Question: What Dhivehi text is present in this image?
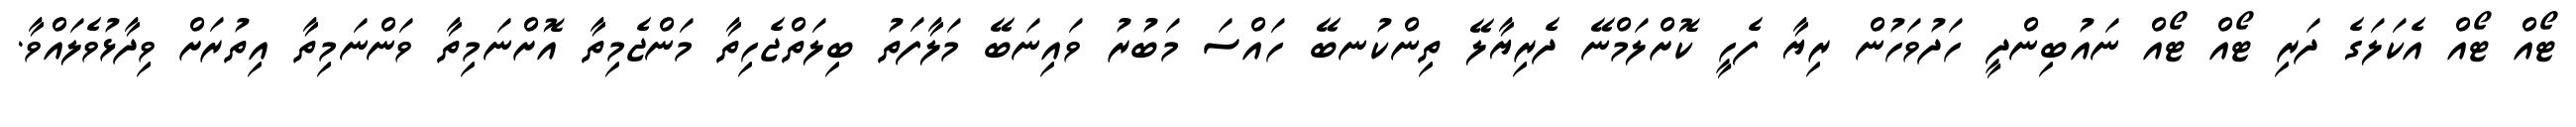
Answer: ޓޯއް ޓޯއް އެކަލަގެ ދަރި ޓޯއް ޓޯއް ނައުބިންދީ ހަދުވަހުން ރިޔާ ފެހީ ކޮށްލަމްނޭ ދެރިޔާލޭ ތިންކުނބޭ ހައްސަ މަބުރު ވައިނަބޭ މަލާފަތު ބިލަތްޖެހިތާ މަންޖެމިތާ އޮށްނަމިތާ ވަންނަމިތާ އިތުރަށް ވިދާޅުވެލައްވާ.